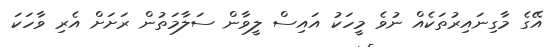
އޭގެ މާގިނައިރުތަކެއް ނުވެ މީހަކު އައިސް ލީވާން ސަލާމަތުން ރަށަށް އެރި ވާހަކަ